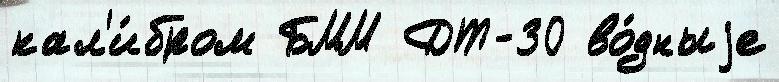
кал'и́бром БММ ДТ-30 во́дныjе